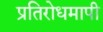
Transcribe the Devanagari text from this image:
प्रतिरोधमापी